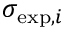
\sigma _ { \mathrm { e x p } , i }